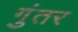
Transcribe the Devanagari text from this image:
गुंतर